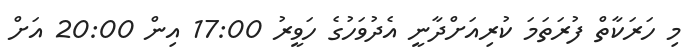
މި ހަރަކާތް ފުރަތަމަ ކުރިއަށްދާނީ އެދުވަހުގެ ހަވީރު 17:00 އިން 20:00 އަށް